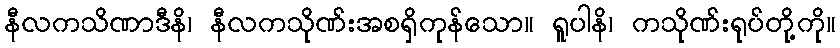
နီလကသိဏာဒီနိ၊ နီလကသိုဏ်းအစရှိကုန်သော။ ရူပါနိ၊ ကသိုဏ်းရုပ်တို့ကို။